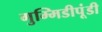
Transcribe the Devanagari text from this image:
गुम्मिडीपूंडी